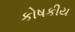
કોષકીય